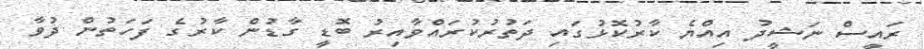
ރައީސް ނަޝީދު އިއްޔެ ކާރުކޮޅުގައި ދަތުރުކުރައްވާއިރު ބޮޑީ ގާޑުން ކާރުގެ ފަަހަތުން ދުވާ